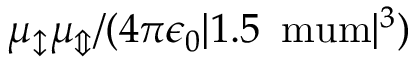
\mu _ { \updownarrow } \mu _ { \Updownarrow } / ( 4 \pi \epsilon _ { 0 } | 1 . 5 \, \mathrm { \ m u m } | ^ { 3 } )